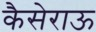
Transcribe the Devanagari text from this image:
कैसेराऊ